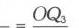
\(= OQ_{3}\)